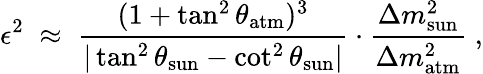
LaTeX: \epsilon^{2}\; \approx\; \frac{(1+\tan^{2}\theta_{\mathrm{atm}})^{3}}{|\tan^{2}\theta_{\mathrm{sun}}-\cot^{2}\theta_{\mathrm{sun}}|}\cdot\frac{\Delta m_{\mathrm{sun}}^{2}}{\Delta m_{\mathrm{atm}}^{2}}\; ,